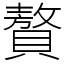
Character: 贅